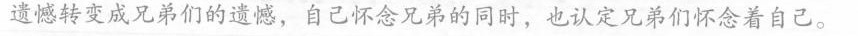
遗憾转变成兄弟们的遗憾，自己怀念兄弟的同时，也认定兄弟们怀念着自己。